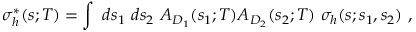
\sigma _ { h } ^ { * } ( s ; T ) = \int ~ d s _ { 1 } ~ d s _ { 2 } ~ A _ { D _ { 1 } } ( s _ { 1 } ; T ) A _ { D _ { 2 } } ( s _ { 2 } ; T ) ~ \sigma _ { h } ( s ; s _ { 1 } , s _ { 2 } ) ~ ,